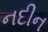
નદીન